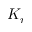
K _ { r }